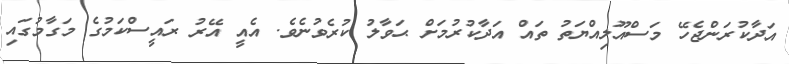
އަދާކުރަންޖެހޭ މަސްއޫލިއްޔަތު ތައް އަދާކުރުމަށް ޙަވާލު ކުރެވުނެވެ. އެއީ އޭރު ރައީސްކަމުގެ މަގާމުގައި